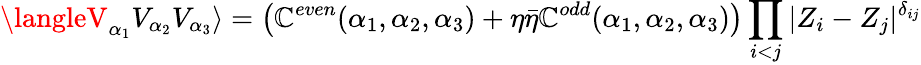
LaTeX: \langleV_{\alpha_{1}}V_{\alpha_{2}}V_{\alpha_{3}}\rangle=\left(\mathbb{C}^{even}(\alpha_{1},\alpha_{2},\alpha_{3})+\eta\bar{{\eta}}\mathbb{C}^{odd}(\alpha_{1},\alpha_{2},\alpha_{3})\right)\prod_{i<j}|Z_{i}-Z_{j}|^{\delta_{ij}}